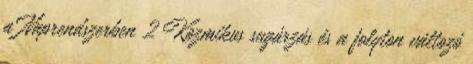
a Naprendszerben 2 Kozmikus sugárzás és a folyton változó